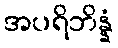
အပရိဘိန္နံ